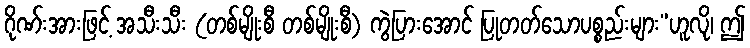
ဂိုဏ်းအားဖြင့် အသီးသီး (တစ်မျိုးစီ တစ်မျိုးစီ) ကွဲပြားအောင် ပြုတတ်သောပစ္စည်းများ”ဟူလို၊ ဤ